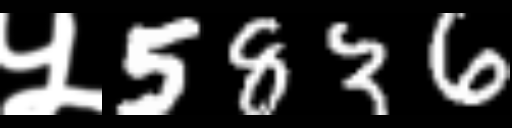
Text: ५5836